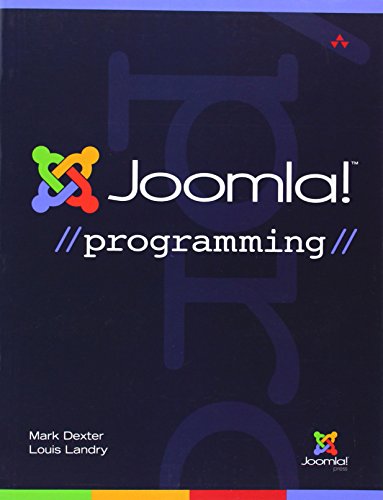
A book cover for Joomla! Programming (Joomla! Press); Mark Dexter; Computers & Technology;